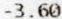
-3.60